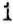
1